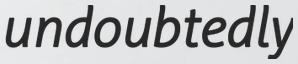
undoubtedly